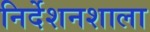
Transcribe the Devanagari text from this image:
निर्देशनशाला